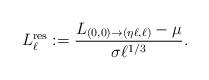
LaTeX: \begin{align*}L^{\rm res}_\ell:=\frac{L_{(0,0)\to(\eta\ell,\ell)}-\mu}{\sigma\ell^{1/3}}.\end{align*}